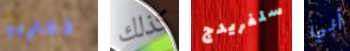
تقتربوا كذلك سلفريدج أبي